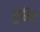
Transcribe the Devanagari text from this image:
मुनिम